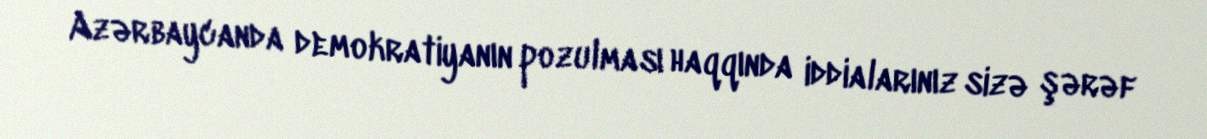
Azərbaycanda demokratiyanın pozulması haqqında iddialarınız sizə şərəf